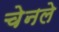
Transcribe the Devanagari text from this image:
चेनले